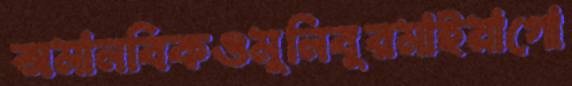
অমানবিকওমুনিবুরমাইয়াগো